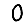
Digit: 0